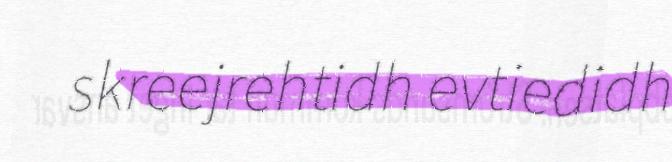
skreejrehtidh evtiedidh